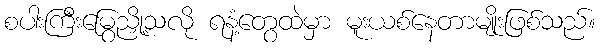
စပါးကြီးမြွေညှို့သလို ရနံ့တွေထဲမှာ မူးယစ်နေတာမျိုးဖြစ်သည်။